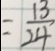
= \frac { 1 3 } { 2 4 }